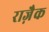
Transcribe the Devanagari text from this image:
राज़ैक